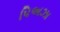
પિઅઝા